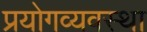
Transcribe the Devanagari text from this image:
प्रयोगव्यवस्था